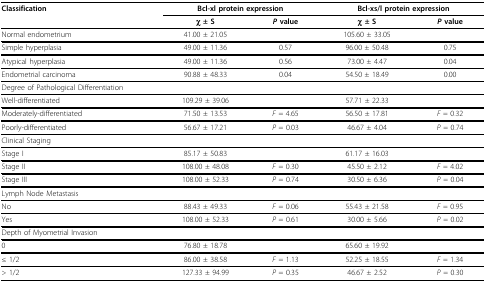
<table><thead><tr><td><b>Classification</b></td><td colspan="2"><b>Bcl-xl protein expression</b></td><td colspan="2"><b>Bcl-xs/l protein expression</b></td></tr><tr><td></td><td><b>χ ± S</b></td><td><b><i>P </i>value</b></td><td><b>χ ± S</b></td><td><b><i>P </i>value</b></td></tr></thead><tbody><tr><td>Normal endometrium</td><td>41.00 ± 21.05</td><td></td><td>105.60 ± 33.05</td><td></td></tr><tr><td>Simple hyperplasia</td><td>49.00 ± 11.36</td><td>0.57</td><td>96.00 ± 50.48</td><td>0.75</td></tr><tr><td>Atypical hyperplasia</td><td>49.00 ± 11.36</td><td>0.56</td><td>73.00 ± 4.47</td><td>0.04</td></tr><tr><td>Endometrial carcinoma</td><td>90.88 ± 48.33</td><td>0.04</td><td>54.50 ± 18.49</td><td>0.00</td></tr><tr><td>Degree of Pathological Differentiation</td><td></td><td></td><td></td><td></td></tr><tr><td>Well-differentiated</td><td>109.29 ± 39.06</td><td></td><td>57.71 ± 22.33</td><td></td></tr><tr><td>Moderately-differentiated</td><td>71.50 ± 13.53</td><td><i>F </i>= 4.65</td><td>56.50 ± 17.81</td><td><i>F </i>= 0.32</td></tr><tr><td>Poorly-differentiated</td><td>56.67 ± 17.21</td><td><i>P </i>= 0.03</td><td>46.67 ± 4.04</td><td><i>P </i>= 0.74</td></tr><tr><td>Clinical Staging</td><td></td><td></td><td></td><td></td></tr><tr><td>Stage I</td><td>85.17 ± 50.83</td><td></td><td>61.17 ± 16.03</td><td></td></tr><tr><td>Stage II</td><td>108.00 ± 48.08</td><td><i>F </i>= 0.30</td><td>45.50 ± 2.12</td><td><i>F </i>= 4.02</td></tr><tr><td>Stage III</td><td>108.00 ± 52.33</td><td><i>P </i>= 0.74</td><td>30.50 ± 6.36</td><td><i>P </i>= 0.04</td></tr><tr><td>Lymph Node Metastasis</td><td></td><td></td><td></td><td></td></tr><tr><td>No</td><td>88.43 ± 49.33</td><td><i>F </i>= 0.06</td><td>55.43 ± 21.58</td><td><i>F </i>= 0.95</td></tr><tr><td>Yes</td><td>108.00 ± 52.33</td><td><i>P </i>= 0.61</td><td>30.00 ± 5.66</td><td><i>P </i>= 0.02</td></tr><tr><td>Depth of Myometrial Invasion</td><td></td><td></td><td></td><td></td></tr><tr><td>0</td><td>76.80 ± 18.78</td><td></td><td>65.60 ± 19.92</td><td></td></tr><tr><td>≤ 1/2</td><td>86.00 ± 38.58</td><td><i>F </i>= 1.13</td><td>52.25 ± 18.55</td><td><i>F </i>= 1.34</td></tr><tr><td>&gt; 1/2</td><td>127.33 ± 94.99</td><td><i>P </i>= 0.35</td><td>46.67 ± 2.52</td><td><i>P </i>= 0.30</td></tr></tbody></table>